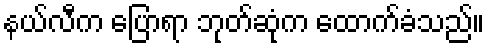
နယ်လီက ပြောရာ ဘုတ်ဆုံက ထောက်ခံသည်။